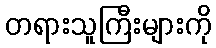
တရားသူကြီးများကို